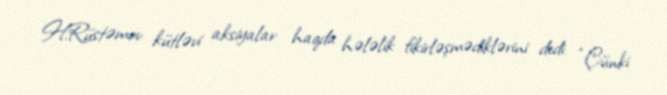
H.Rüstəmov kütləvi aksiyalar haqda hələlik fikirləşmədiklərini dedi: “Çünki